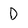
Character: D